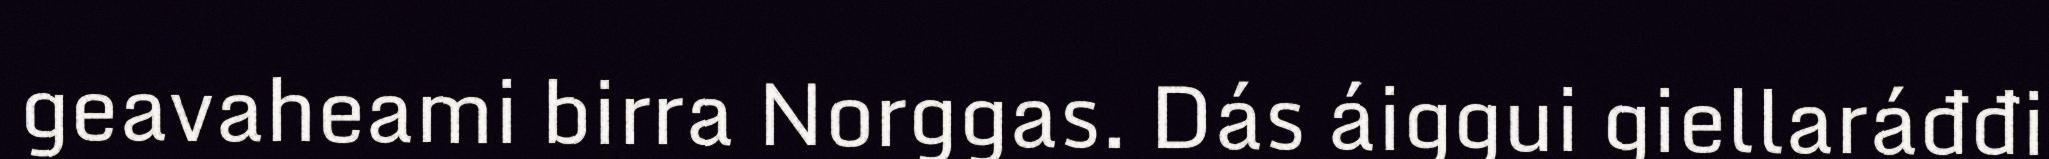
geavaheami birra Norggas. Dás áiggui giellaráđđi